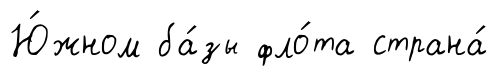
Ю́жном ба́зы фло́та страна́